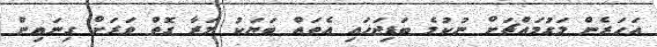
އަހަރެން މަގުމައްޗަށް ނުކުމެ ބަޑިޖަހައި އެތައް ބަޔަކު މަރާ ގޮތް ވަރަށް ގިނައިން